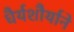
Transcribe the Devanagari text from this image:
धैर्यशौर्याने